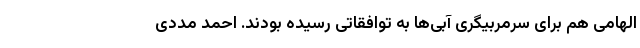
الهامی هم برای سرمربیگری آبی‌ها به توافقاتی رسیده بودند. احمد مددی